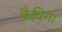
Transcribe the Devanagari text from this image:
कैविगा